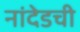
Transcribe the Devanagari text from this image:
नांदेडची